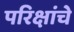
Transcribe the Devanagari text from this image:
परिक्षांचे